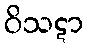
ဝိသဋာ